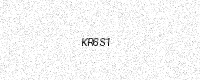
Text: KR6S1